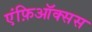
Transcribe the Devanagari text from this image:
एंफ़िऑक्सस